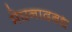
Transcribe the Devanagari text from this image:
मेघनादबध